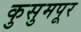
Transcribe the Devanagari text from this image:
कुसुमपूर